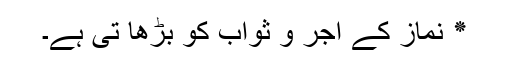
٭ نماز کے اجر و ثواب کو بڑھا تی ہے۔